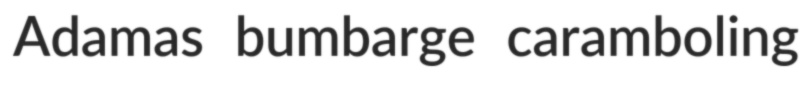
Adamas bumbarge caramboling